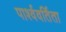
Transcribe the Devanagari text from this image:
पार्श्ववर्तिता